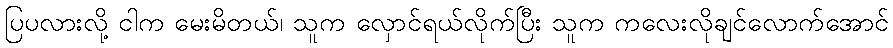
ပြပလားလို့ ငါက မေးမိတယ်၊ သူက လှောင်ရယ်လိုက်ပြီး သူက ကလေးလိုချင်လောက်အောင်